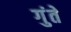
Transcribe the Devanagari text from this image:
गुंते